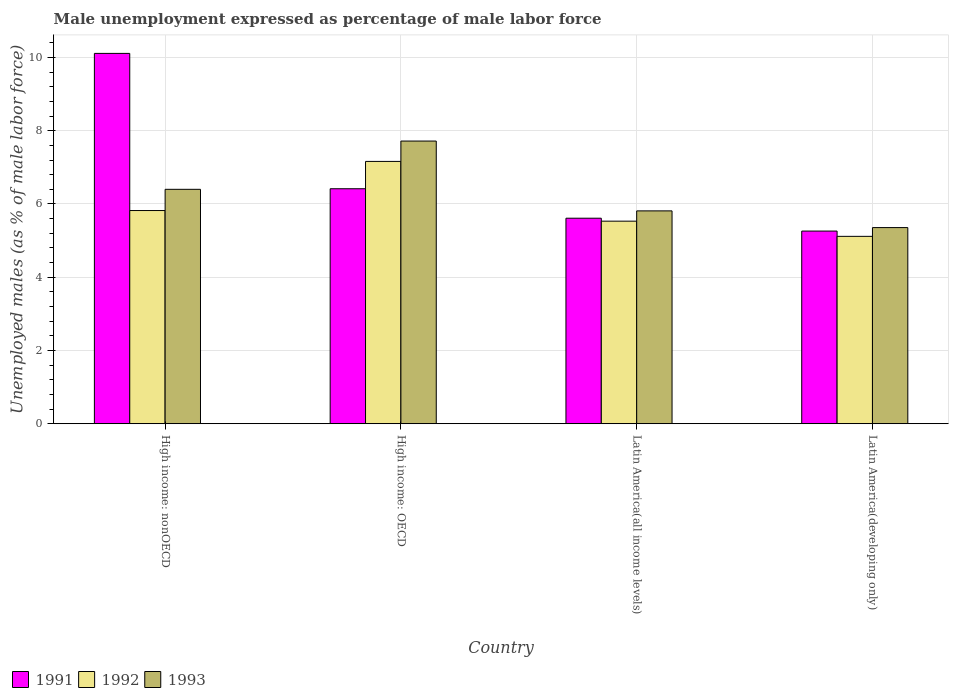
| Country | 1991 | 1992 | 1993 |
 | --- | --- | --- | --- |
 | High income: nonOECD | 10.1 | 5.82 | 6.4 |
 | High income: OECD | 6.42 | 7.16 | 7.72 |
 | Latin America(all income levels) | 5.61 | 5.53 | 5.81 |
 | Latin America(developing only) | 5.26 | 5.12 | 5.36 |